Plague in India, 1896, 1897 - Volume 3
Year: 1896
Disease focus: Plague
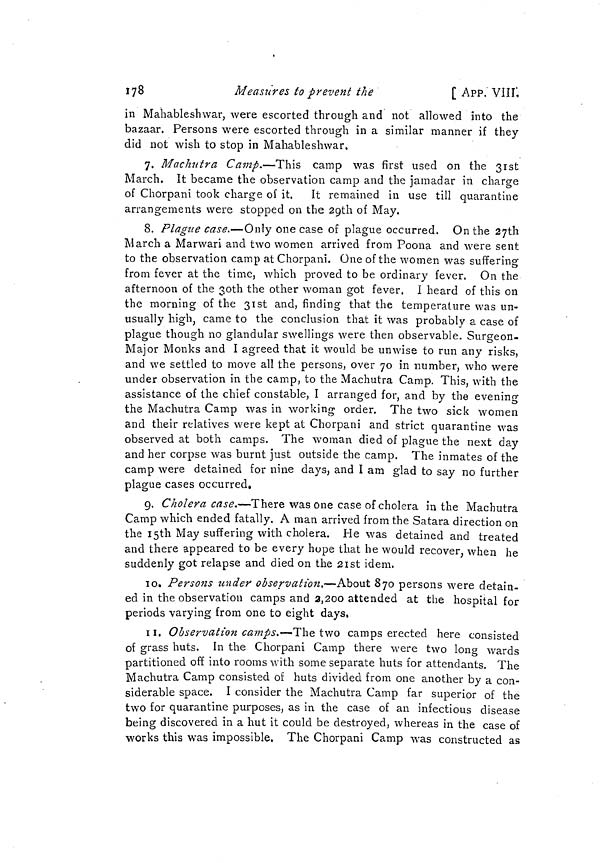
178
Measures to prevent the
[ APP. VIII:
in Mahableshwar, were escorted through and not allowed into the
bazaar. Persons were escorted through in a similar manner if they
did not wish to stop in Mahableshwar.
7. Machutra Camp.—This camp was first used on the 31st
March. It became the observation camp and the jamadar in charge
of Chorpani took charge of it. It remained in use till quarantine
arrangements were stopped on the 29th of May.
8. Plague case.—Only oncease of plague occurred. On the 27th
March a Marwari and two women arrived from Poona and were sent
to the observation camp at Chorpani. One of the women was suffering
from fever at the time, which proved to be ordinary fever. On the
afternoon of the ßoth the other woman got fever. I heard of this on
the morning of the 31st and, finding that the temperature was un-
usually high, came to the conclusion that it was probably a case of
plague though no glandular swellings were then observable. Surgeon-
Major Monks and I agreed that it would be unwise to run any risks,
and we settled to move all the persons, over 70 in number, who were
under observation in the camp, to the Machutra Camp. This, with the
assistance of the chief constable, I arranged for, and by the evening
the Machutra Camp was in working order. The two sick women
and their relatives were kept at Chorpani and strict quarantine was
observed at both camps. The woman died of plague the next day
and her corpse was burnt just outside the camp. The inmates of the
camp were detained for nine days, and I am glad to say no further
plague cases occurred.
9. Cholera case.—There was one case of cholera in the Machutra
Camp which ended fatally. A man arrived from the Satara direction on
the I5th May suffering with cholera. He was detained and treated
and there appeared to be every hope that he would recover, when he
suddenly got relapse and died on the 21st idem.
10. Persons under observation.—About 870 persons were detain-
ed in the observation camps and 2,200 attended at the hospital for
periods varying from one to eight days,
11. Observation camps.—The two camps erected here consisted
of grass huts. In the Chorpani Camp there were two long wards
partitioned off into rooms with some separate huts for attendants. The
Machutra Camp consisted of huts divided from one another by a con-
siderable space. I consider the Machutra Camp far superior of the
two for quarantine purposes, as in the case of an infectious disease
being discovered in a hut it could be destroyed, whereas in the case of
works this was impossible. The Chorpani Camp was constructed as